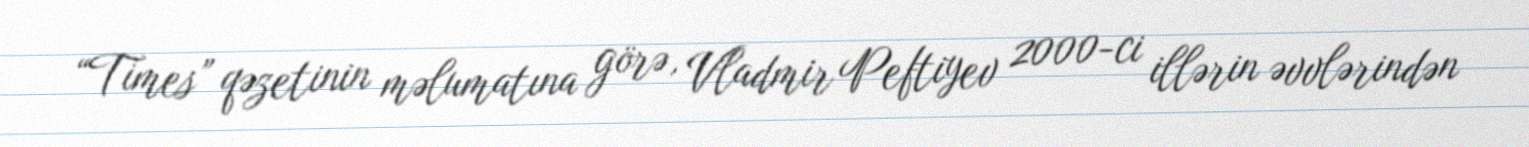
“Times” qəzetinin məlumatına görə, Vladmir Peftiyev 2000-ci illərin əvvlərindən